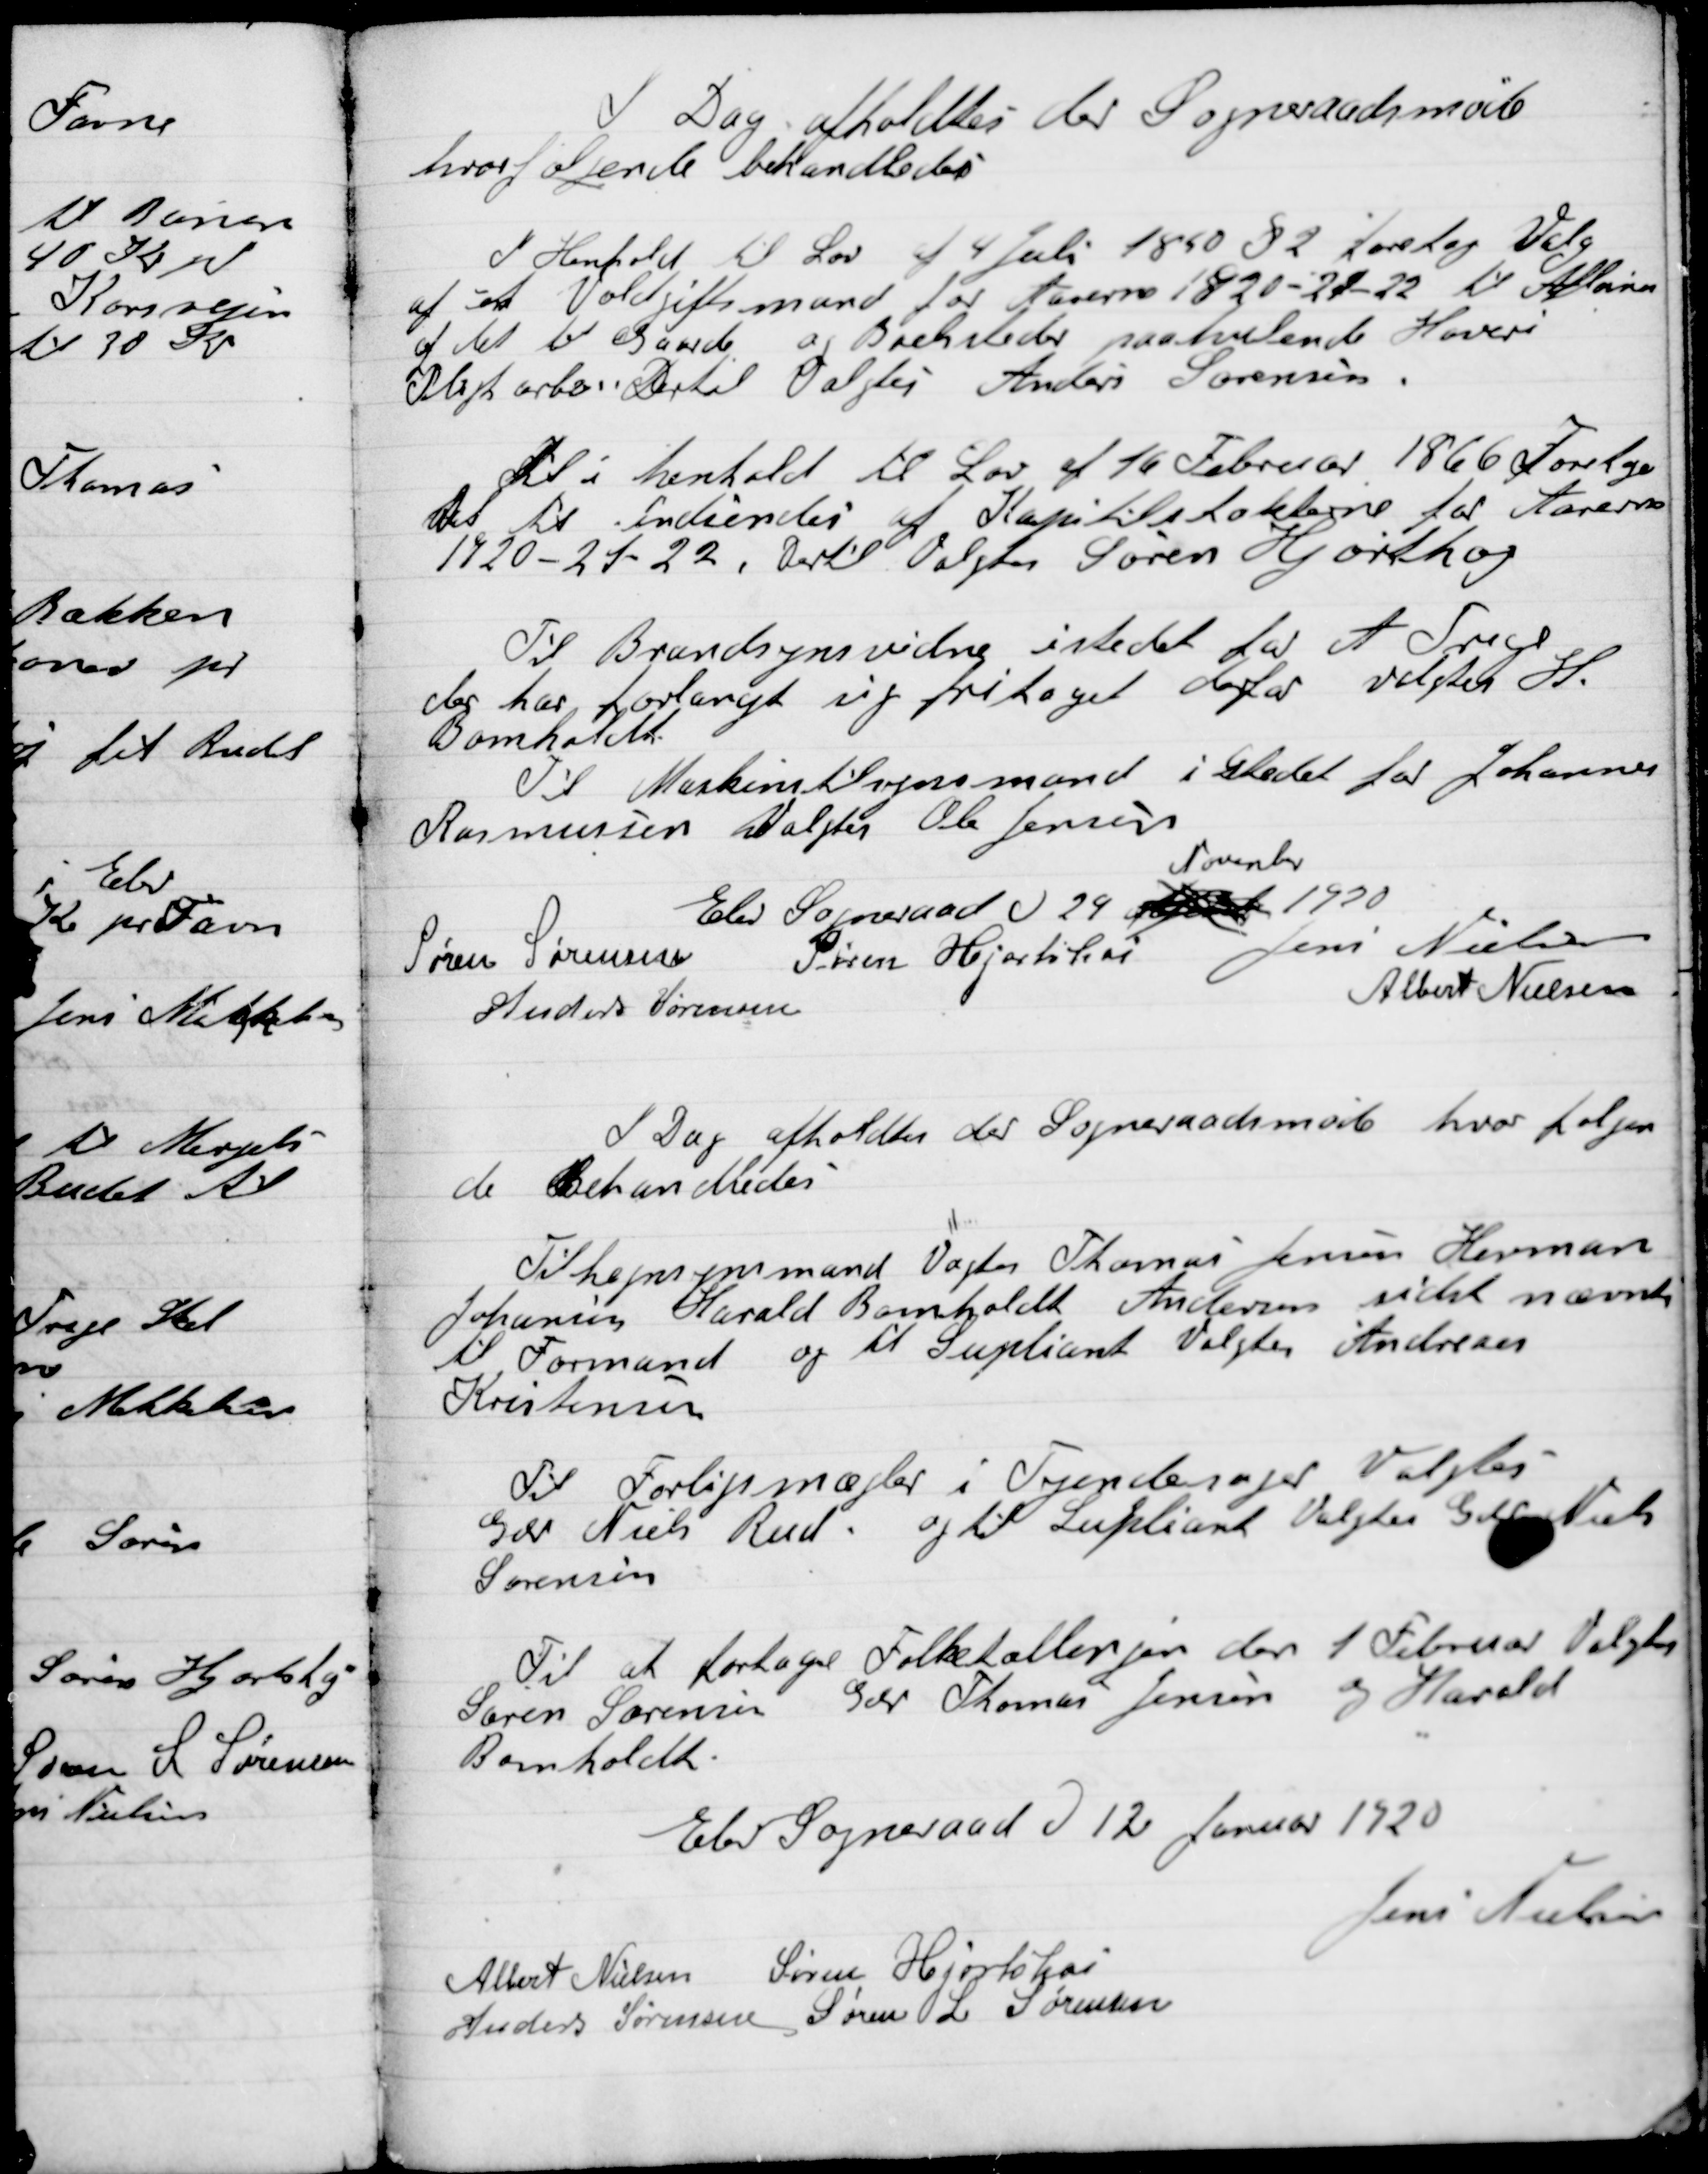
Transskription:
I Dag afholdtes der  Sogneraadet møde
hvor følgende Behandledes

I Henhold til Lov af 4 Juli 1840 § 2 foretog Valg
af et Voldgiftsmand for Aarene 1920-21-22 til Afløsning
af det til Gaarde og Boelsteder paahvilende Hoveri
Pligtarbejde Dertil valgtes Anders Sørensen

Til i henholdt til lov af 16 Februar 1866 Forelaa
Det til  af Kapitilslokalerne for Aarene
1920-21-22. Dertil Valgtes Søren Hjortshøj.

Til Brandsynsvidne i stedet for A. Trige
Der har forlangt sig fritaget derfor valgtes H.
Bomholdt.

Til Maskintilsynsmand i Stedet for Johannes
Rasmussen Valgtes Ole Jensen

Elev Sogneraad D. 29
November
1920

Søren Sørensen
Søren Hjortshøi
Jens Nielsen
Anders Sørensen
Albert Nielsen

I Dag afholdtes der Sogneraadet møde hvor følgen-
de Behandledes

Til hegnssynsmand Valgtes Thomas Jensen Herman
Johannes Harald Bomholdt Andersen sidst nævnte
til Formand og til Suppleant Valgtes Andreas
Kristensen

Til Forligsmægler i Tyendesager Valgtes
Gdr. Niels Rud og til Suppleant Valgtes Gdr. Niels
Sørensen

Til at foretage Folketælling den 1 Februar Valgtes
Sørens Sørensen Gdr. Thomas Jensen og Harald
Bomholdt

Elev Sogneraad D. 12 Januar 1920

Jens Nielsen
Albert Nielsen
Søren Hjortshøi
Anders Sørensen
Søren S. Sørensen